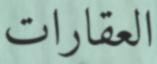
العقارات